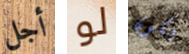
أجل لو يكون